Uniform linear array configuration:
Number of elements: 4
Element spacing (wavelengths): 0.5
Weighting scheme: cosine
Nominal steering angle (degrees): -15
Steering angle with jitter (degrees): -13.754
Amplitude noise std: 0.05
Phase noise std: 0.05

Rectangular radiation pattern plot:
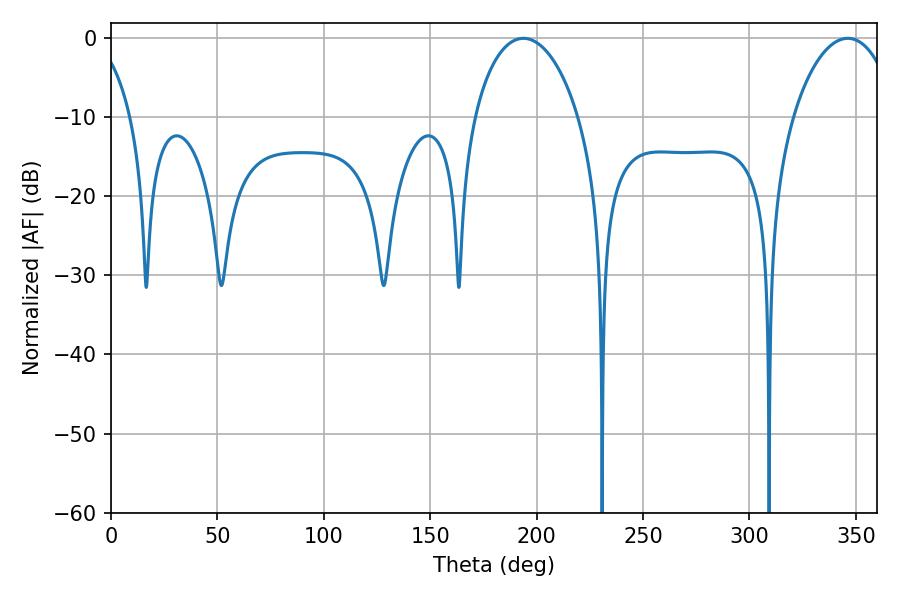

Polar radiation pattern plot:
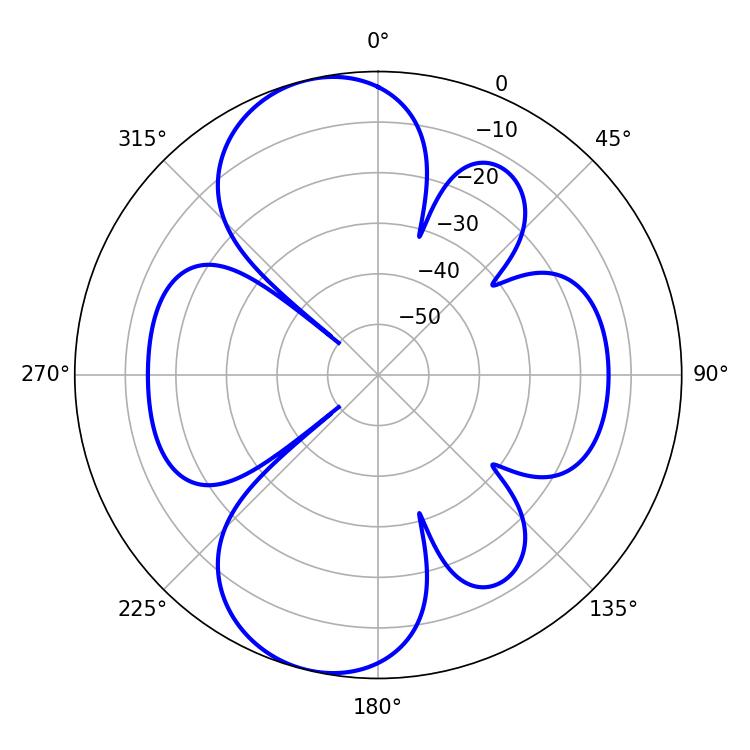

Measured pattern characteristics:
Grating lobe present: FALSE
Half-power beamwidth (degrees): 28.08
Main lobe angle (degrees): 193.86